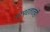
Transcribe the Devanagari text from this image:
वापरतातही